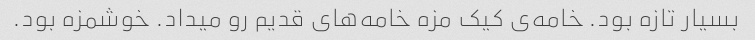
بسیار تازه بود. خامه‌ی کیک مزه خامه‌های قدیم رو میداد. خوشمزه بود.